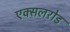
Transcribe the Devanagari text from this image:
एक्सलरोड